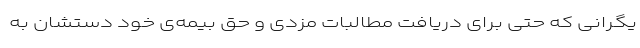
یگرانی که حتی برای دریافتِ مطالباتِ مزدی و حق بیمه‌ی خود دستشان به